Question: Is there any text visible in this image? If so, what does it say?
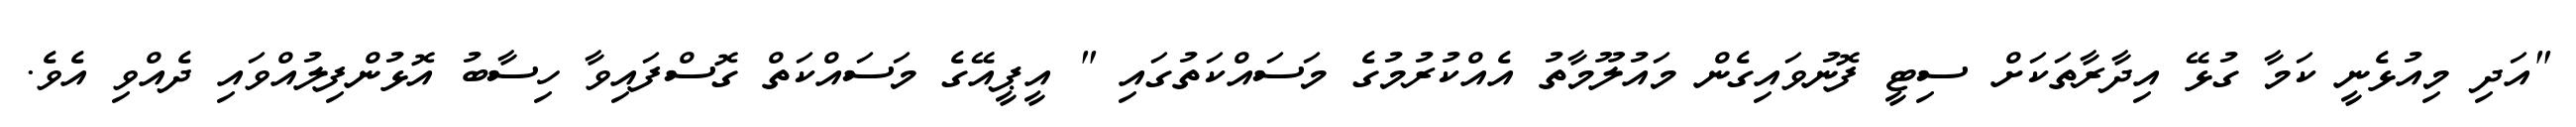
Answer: "އަދި މިއުޅެނީ ކަމާ ގުޅޭ އިދާރާތަކަށް ސިޓީ ފޮނުވައިގެން މައުލޫމާތު އެއްކުރުމުގެ މަސައްކަތުގައި " އީޕީއޭގެ މަސައްކަތް ގޮސްފައިވާ ހިސާބު އޮޅުންފިލުއްވައި ދެއްވި އެވެ.